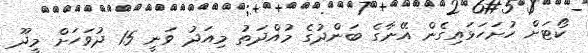
ކޯޓަށް ހުށަހަޅައިގެން އޭނާގެ ބަންދުގެ މުއްދަތު މިއަދު ވަނީ 15 ދުވަހަށް މީދޫ